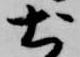
土